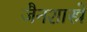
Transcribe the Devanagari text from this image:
जैनशास्त्रे